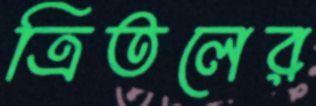
ত্রিতলের